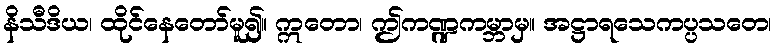
နိသီဒိယ၊ ထိုင်နေတော်မူ၍။ ဣတော၊ ဤကဏ္ဍကမ္ဘာမှ။ အဋ္ဌာရသေကပ္ပသတေ၊